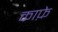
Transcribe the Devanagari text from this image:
काफ़े